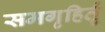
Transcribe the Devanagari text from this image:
समगृहिर्तृ